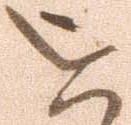
を